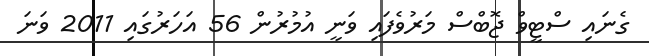
ގެނައި ސްޓީވް ޖޮބްސް މަރުވެފައި ވަނީ އުމުރުން 56 އަހަރުގައި 2011 ވަނަ